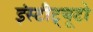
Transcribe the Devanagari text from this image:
इंस्टीट्यूटो